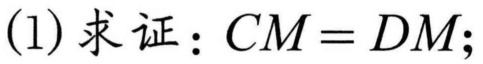
(1) 求证：\(CM = DM\);